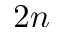
2 n